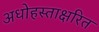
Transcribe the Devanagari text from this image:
अधोहस्ताक्षरित